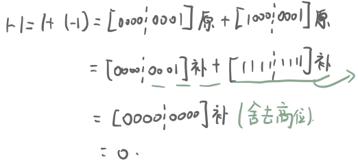

+1+( - 1)&=[00000001]_原+[10000001]_原
&=[00000001]_补+[11111111]_补
&=[00000000]_补\ (舍去高位)
&=0